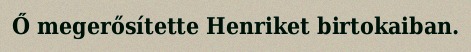
Ő megerősítette Henriket birtokaiban.